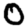
Digit: 0